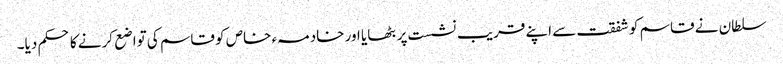
سلطان نے قاسم کو شفقت سے اپنے قریب نشست پر بٹھایا اور خادمہء خاص کو قاسم کی تواضع کرنے کا حکم دیا۔